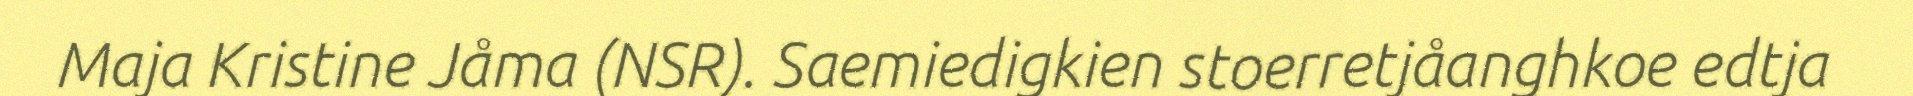
Maja Kristine Jåma (NSR). Saemiedigkien stoerretjåanghkoe edtja